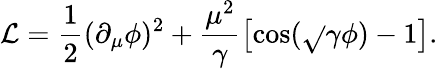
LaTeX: {\cal{\mathcal{L}}}=\frac{{1}}{{2}}(\partial_{\mu}\phi)^{2}+\frac{{\mu^{2}}}{{\gamma}}\left[\cos(\sqrt{}{{\gamma}}\phi)-1\right].